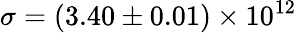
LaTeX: \sigma=(3.40\pm 0.01)\times 10^{12}